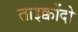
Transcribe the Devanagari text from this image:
ताइक्वोंदो